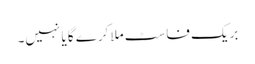
بریک فاسٹ ملا کرے گا یا نہیں۔